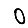
Digit: 0